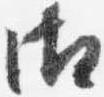
御